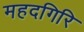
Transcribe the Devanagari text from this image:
महदगिरि